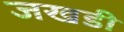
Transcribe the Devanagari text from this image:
जखडी